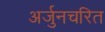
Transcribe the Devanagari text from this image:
अर्जुनचरित